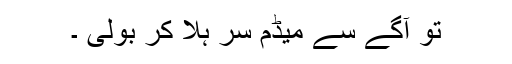
تو آگے سے میڈم سر ہلا کر بولی ۔